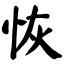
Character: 恢